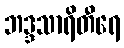
ဘဒ္ဒသာရိတီရေ